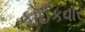
કોઈકવાર